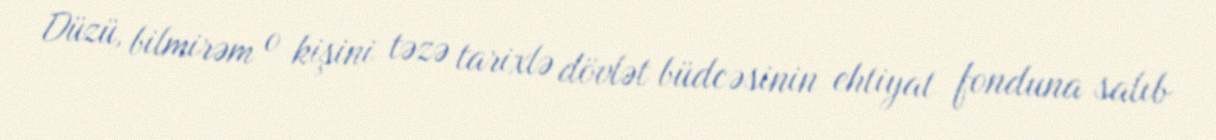
Düzü, bilmirəm o kişini təzə tarixlə dövlət büdcəsinin ehtiyat fonduna salıb